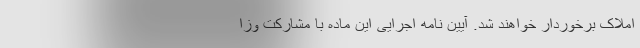
املاک برخوردار خواهند شد. آیین نامه اجرایی این ماده با مشارکت وزا